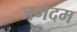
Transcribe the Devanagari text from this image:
जगदम